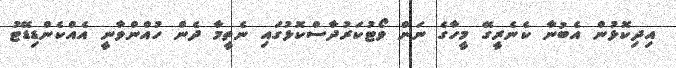
އިދިކޮޅުން އެބުނާ ކެނެރީގޭ މީހާގެ ނަން ވޯޓުކަރުދާސްކޮޅުގައި ނެތީމާ ދެން ހުއްންވާނީ އެއްކެންޑިޑޭޓު